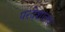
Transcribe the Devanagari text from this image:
परदेशांतच